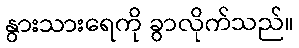
နွားသားရေကို ခွာလိုက်သည်။